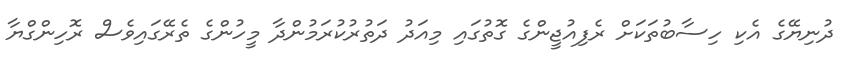
ދުނިޔޭގެ އެކި ހިސާބުތަކަށް ރެފިއުޖީންގެ ގޮތުގައި މިއަދު ދަތުރުކުރަމުންދާ މީހުންގެ ތެރޭގައިވެސް ރޮހިންގްޔާ